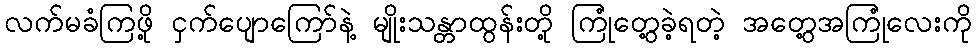
လက်မခံကြဖို့ ငှက်ပျောကြော်နဲ့ မျိုးသန္တာထွန်းတို့ ကြုံတွေ့ခဲ့ရတဲ့ အတွေ့အကြုံလေးကို